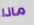
ماذا